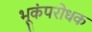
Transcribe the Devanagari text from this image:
भूकंपरोधक